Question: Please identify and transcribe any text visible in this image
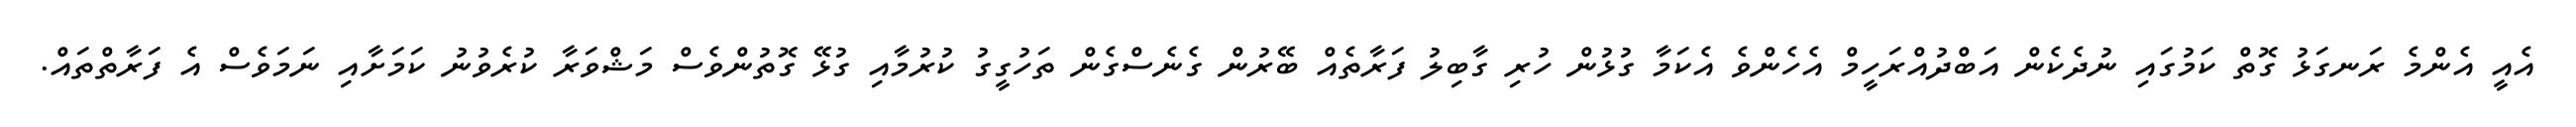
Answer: އެއީ އެންމެ ރަނގަޅު ގޮތް ކަމުގައި ނުދެކެން އަބްދުއްރަހީމް އެހެންވެ އެކަމާ ގުޅުން ހުރި ގާބިލު ފަރާތެއް ބޭރުން ގެނެސްގެން ތަހުގީގު ކުރުމާއި ގުޅޭ ގޮތުންވެސް މަޝްވަރާ ކުރެވުނު ކަމަށާއި ނަމަވެސް އެ ފަރާތްތައް.